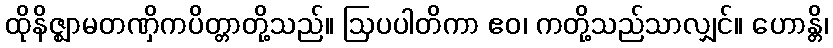
ထိုနိဇ္ဈာမတဏှိကပိတ္တာတို့သည်။ ဩပပါတိကာ ဧဝ၊ ကတို့သည်သာလျှင်။ ဟောန္တိ၊